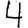
Digit: 4